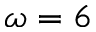
\omega = 6